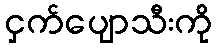
ငှက်ပျောသီးကို